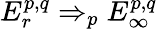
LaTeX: E_{r}^{p,q}\Rightarrow_{p}E_{\infty}^{p,q}